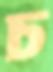
চ